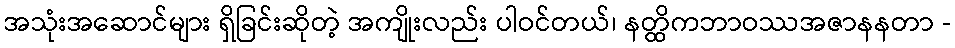
အသုံးအဆောင်များ ရှိခြင်းဆိုတဲ့ အကျိုးလည်း ပါဝင်တယ်၊ နတ္ထိကဘာဝဿအဇာနနတာ -